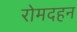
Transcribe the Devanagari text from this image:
रोमदहन